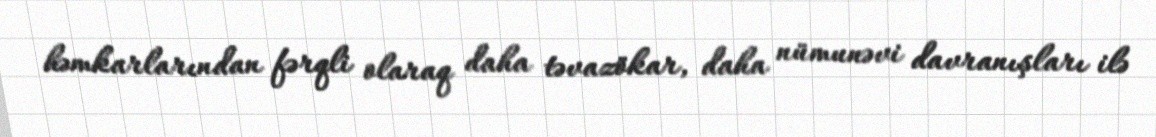
həmkarlarından fərqli olaraq daha təvazökar, daha nümunəvi davranışları ilə